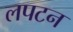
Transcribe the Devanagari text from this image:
लपटन